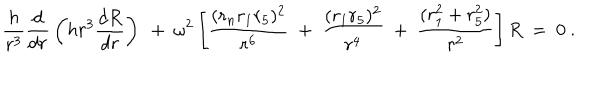
LaTeX: { \frac { h } { r ^ { 3 } } } { \frac { d } { d r } } \left( h r ^ { 3 } { \frac { d R } { d r } } \right) ~ + ~ \omega ^ { 2 } \left[ { \frac { ( r _ { n } r _ { 1 } r _ { 5 } ) ^ { 2 } } { r ^ { 6 } } } ~ + ~ { \frac { ( r _ { 1 } r _ { 5 } ) ^ { 2 } } { r ^ { 4 } } } ~ + ~ { \frac { ( r _ { 1 } ^ { 2 } + r _ { 5 } ^ { 2 } ) } { r ^ { 2 } } } \right] R ~ = ~ 0 ~ .